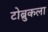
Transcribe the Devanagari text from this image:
टोब्रुकला